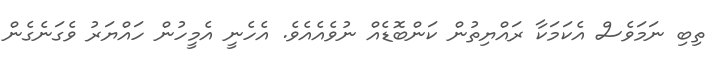
ތިބި ނަމަވެސް އެކަމަކާ ރައްޔިތުން ކަންބޮޑެއް ނުވެއެއެވެ. އެހެނީ އެމީހުން ހައްޔަރު ވެގަނެގެން